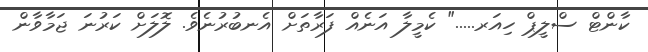
ކާންޓް ސްލީޕް ހިއަރ....." ކެމީލާ އަނެއް ފަރާތަށް އެނބުރުނެވެ. ލޮލަށް ކަރުނަ ޖަމާވާން